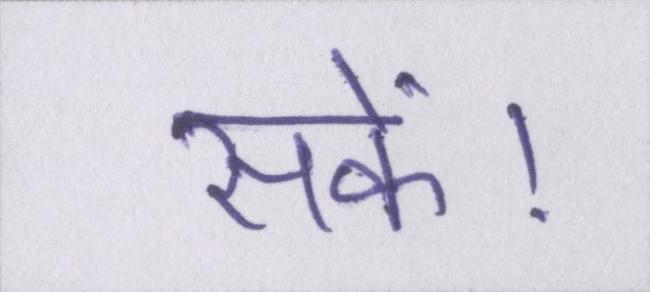
सकें।